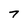
Character: 7